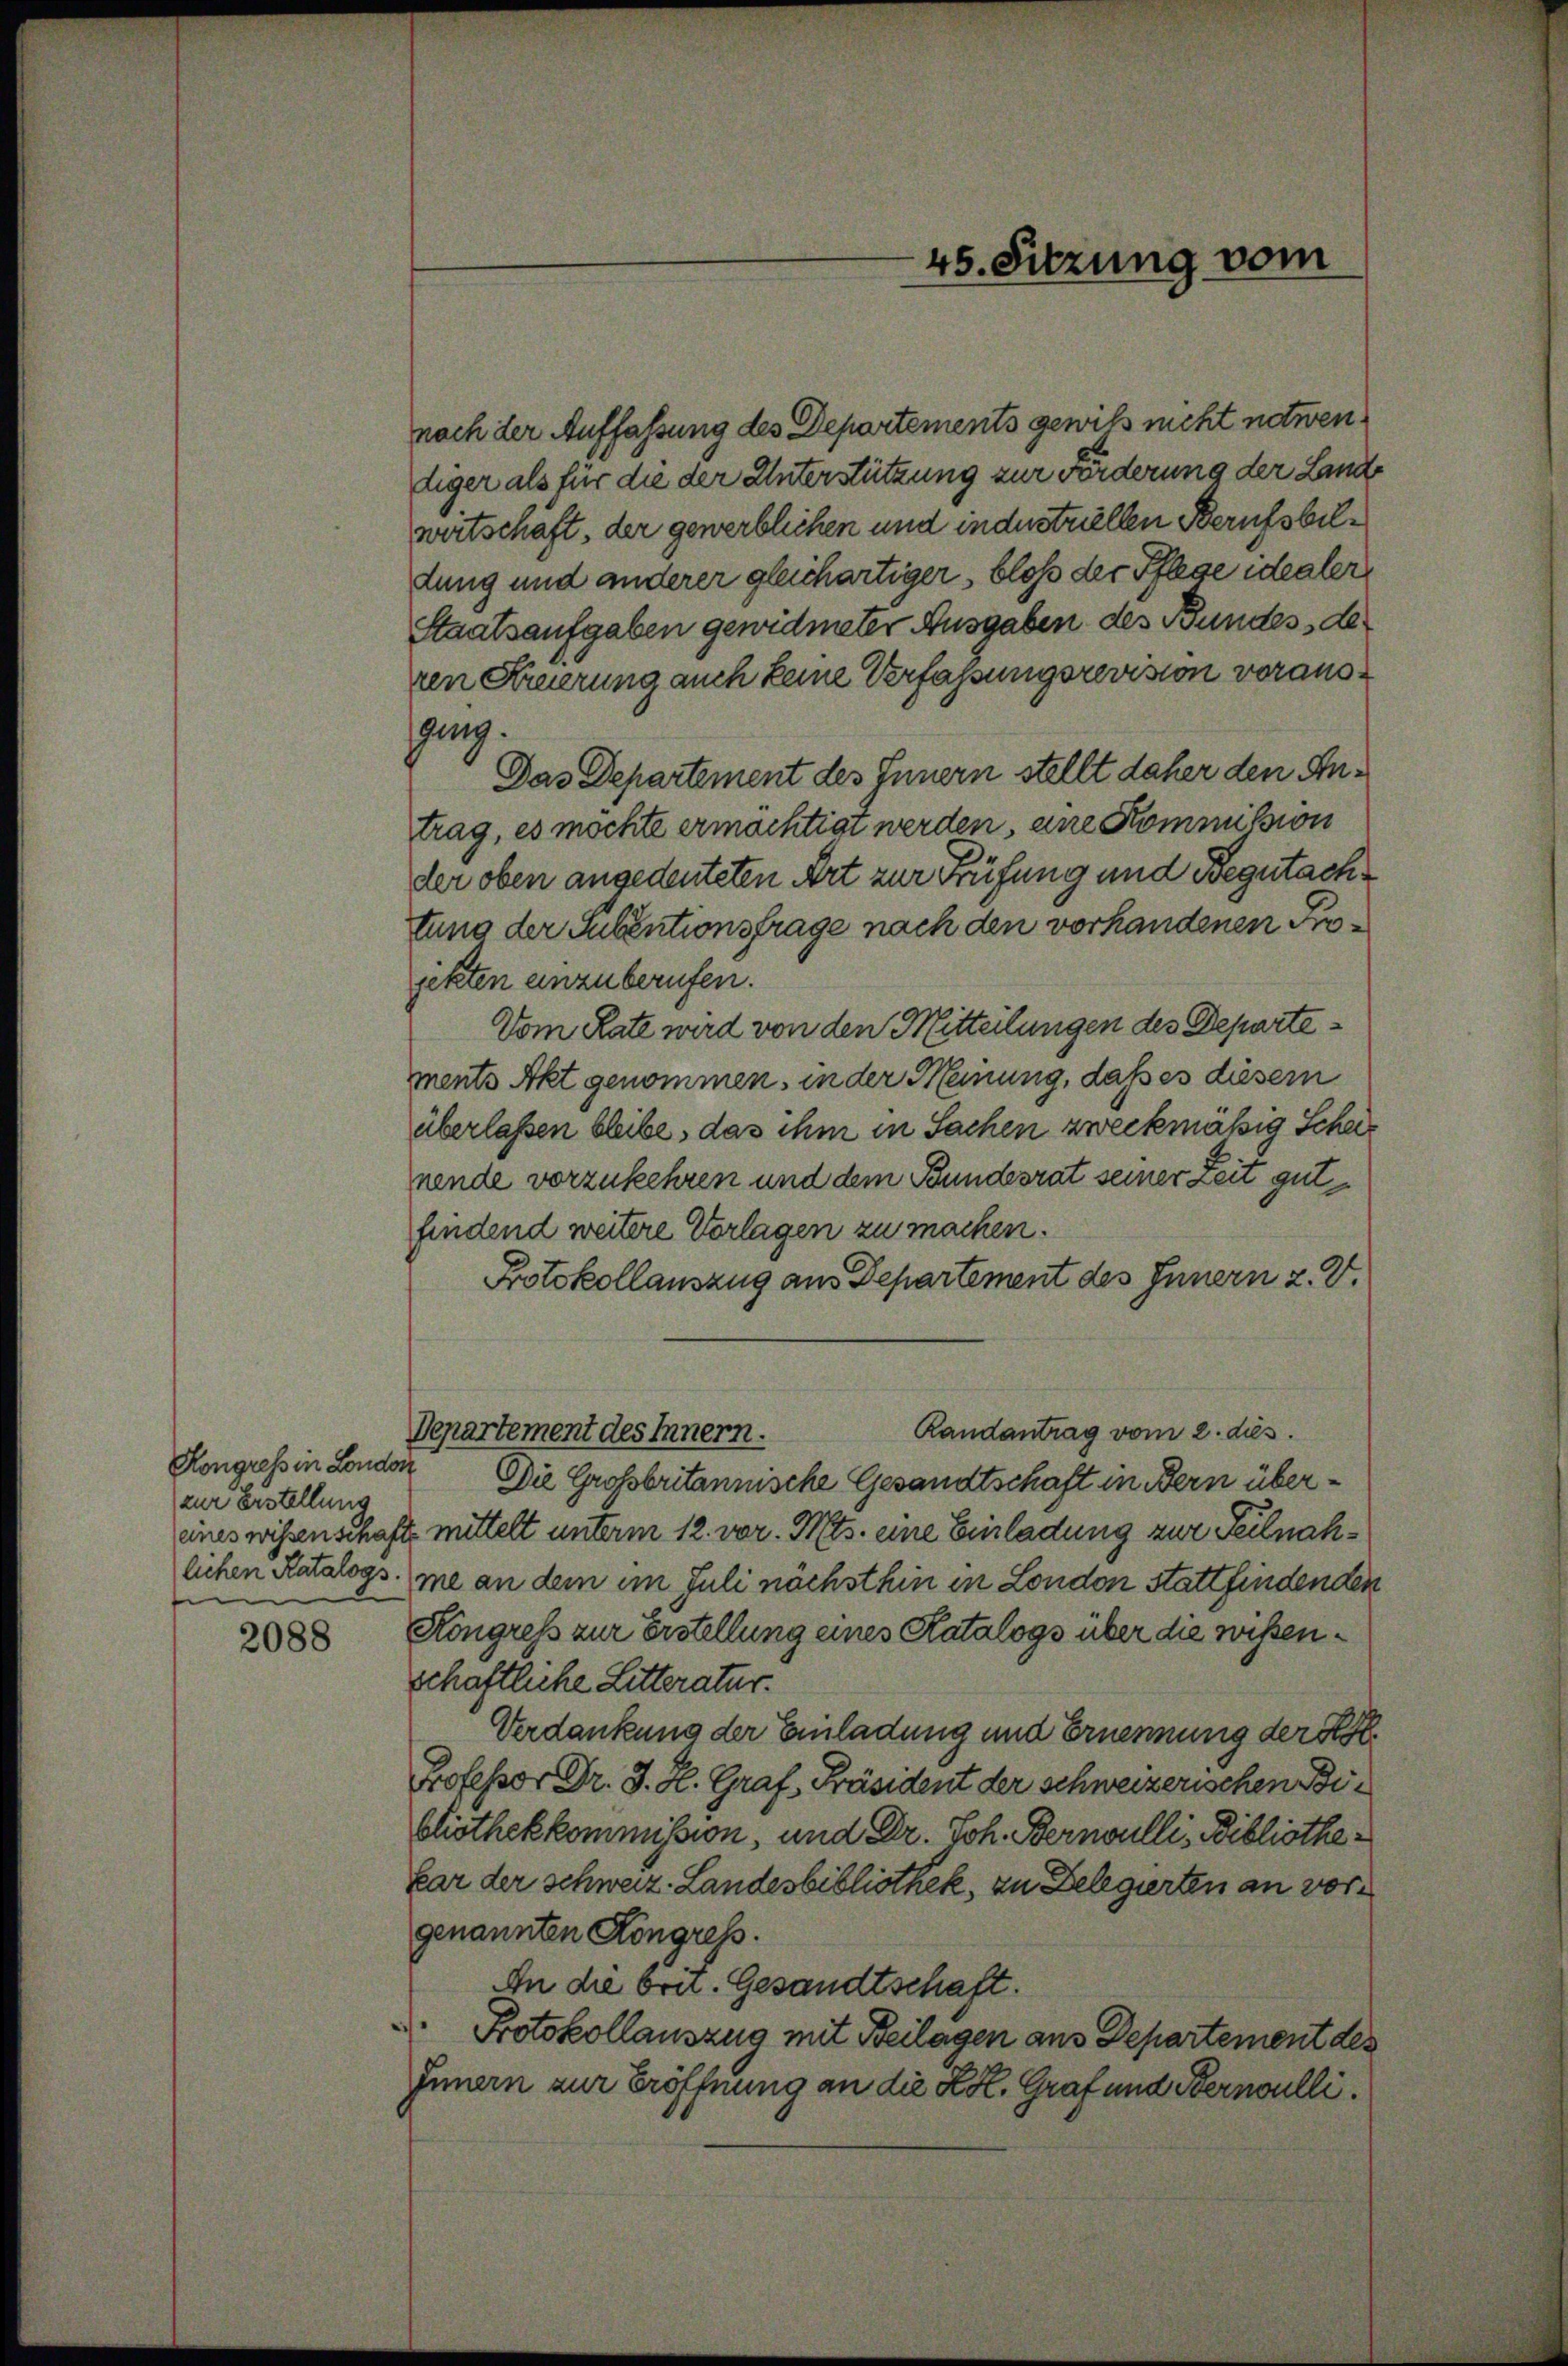
Kongress in London
(zur Erstellung

2088

nach der Auffassung des Departements gewiß nicht notwendiger als für die der Unterstützung zur Förderung der Linde
wirtschaft, der gewerblichen und industriellen Berufsbildung und anderer gleichartiger, bloß der Pflege idealer
Staatsaufgaben gewidmeter Ausgaben des Bundes, des
ren Freierung auch keine Verfassungsrevision vorausging.
Das Departement des Innern stellt daher den Antrag, es möchte ermächtigt werden, eine Kommission
der oben angedeuteten Art zur Prüfung und Begutachtung der Subentionsfrage nach den vorhandenen Projetzten einzuberufen.
Vom Rate wird von den Mitteilungen des Departements Akt genommen, in der Meinung, daß es diesem
überlassen bleibe, das ihm in Sachen zweckmäßig Scheunende vorzukehren und dem Bundesrat seiner Zeit gut
findend weitere Vorlagen zu machen.
Protokollauszug aus Departement des Innern z. V.
Randantrag vom 2. dies
Departement des Innern.
Die Großbritannische Gesandtschaft in Bern übereines wissenschaft mittelt unterm 12. vor. Mts. eine Einladung zur Teilnahlichen Katalogs (me an dem im Juli nächsthin in London stattfindenden
Kongress zur Erstellung eines Katalogs über die wissenschaftliche Litteratur.
Verdankung der Einladung und Ernennung der K
Professor Dr. J. H. Graf, Präsident der schweizerischen Bibliothekkommission, und Dr. Joh. Bernoulli, Bibliothekar der schweiz. Landesbibliothek, zu Delegierten an vorgenannten Kongress.
An die brit. Gesandtschaft.
 Protokollauszug mit Beilagen aus Departement des
Innern zur Eröffnung an die K. Graf und Bernoulli¬

45. Sitzung vom